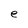
Character: e